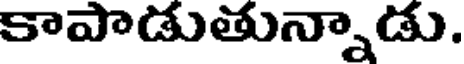
కాపాడుతున్నాడు.